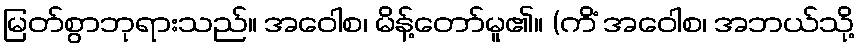
မြတ်စွာဘုရားသည်။ အဝေါစ၊ မိန့်တော်မူ၏။ (ကိံ အဝေါစ၊ အဘယ်သို့